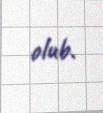
olub.